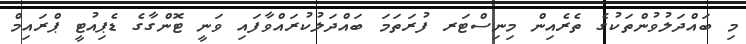
މި ބައްދަލުވުންތަކުގެ ތެރެއިން މިނިސްޓަރ ފުރަތަމަ ބައްދަލުކުރައްވާފައި ވަނީ ޓޮންގާގެ ޑެޕިއުޓީ ޕްރައިމް